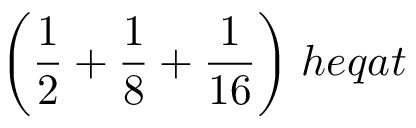
{ \bigg ( } { \frac { 1 } { 2 } } + { \frac { 1 } { 8 } } + { \frac { 1 } { 1 6 } } { \bigg ) } \; h e q a t